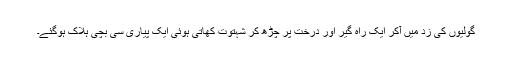
گولیوں کی زد میں آکر ایک راہ گیر اور درخت پر چڑھ کر شہتوت کھاتی ہوئی ایک پیاری سی بچی ہلاک ہوگئے۔